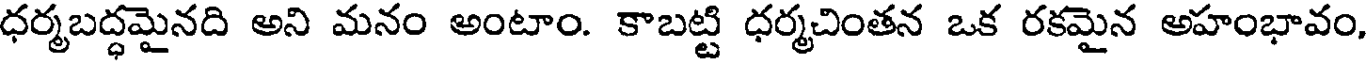
ధర్మబద్ధమైనది అని మనం అంటాం. కాబట్టి ధర్మచింతన ఒక రకమైన అహంభావం,